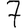
Digit: 7